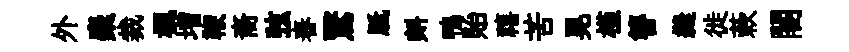
外麋裁楓増鞭裔弦舂鷖胝㪺鴨貽禧苦晃槿簪縫徙蔌闍